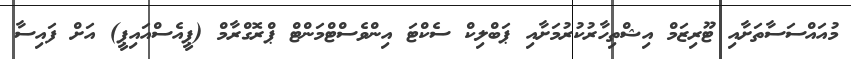
މުއައްސަސާތަށާއި ޓޫރިޒަމް އިޝްތިހާރުކުރުމަށާއި ޕަބްލިކް ސެކްޓަ އިންވެސްޓްމަންޓް ޕްރޮގްރާމް (ޕީއެސްއައިޕީ) އަށް ފައިސާ